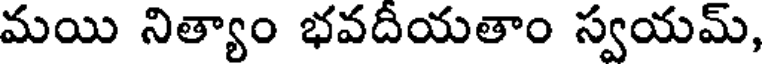
మయి నిత్యాం భవదియతాం స్వయమ్,